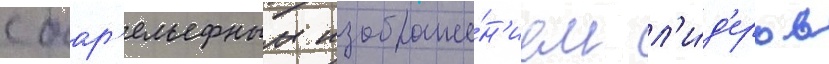
с бар'ельефным изображе́н'ием л'и́д'еров